Civil Veterinary Dept. Assam report 1927-50 - 1927-1950
Year: 1927
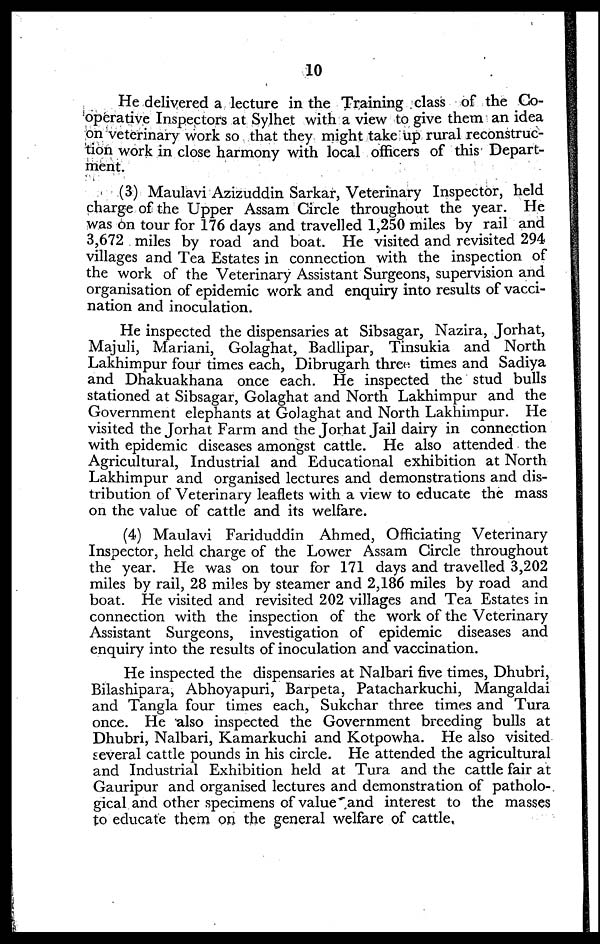
10
He delivered a lecture in the Training class of the Co-
operative Inspectors at Sylhet with a view to give them an idea
on veterinary work so that they might take up rural reconstruc-
tion work in close harmony with local officers of this Depart-
ment.
(3) Maulavi Azizuddin Sarkar, Veterinary Inspector, held
charge of the Upper Assam Circle throughout the year. He
was on tour for 176 days and travelled 1,250 miles by rail and
3,672 miles by road and boat. He visited and revisited 294
villages and Tea Estates in connection with the inspection of
the work of the Veterinary Assistant Surgeons, supervision and
organisation of epidemic work and enquiry into results of vacci-
nation and inoculation.
He inspected the dispensaries at Sibsagar, Nazira, Jorhat,
Majuli, Mariani, Golaghat, Badlipar, Tinsukia and North
Lakhimpur four times each, Dibrugarh three times and Sadiya
and Dhakuakhana once each. He inspected the stud bulls
stationed at Sibsagar, Golaghat and North Lakhimpur and the
Government elephants at Golaghat and North Lakhimpur. He
visited the Jorhat Farm and the Jorhat Jail dairy in connection
with epidemic diseases amongst cattle. He also attended the
Agricultural, Industrial and Educational exhibition at North
Lakhimpur and organised lectures and demonstrations and dis-
tribution of Veterinary leaflets with a view to educate the mass
on the value of cattle and its welfare.
(4) Maulavi Fariduddin Ahmed, Officiating Veterinary
Inspector, held charge of the Lower Assam Circle throughout
the year. He was on tour for 171 days and travelled 3,202
miles by rail, 28 miles by steamer and 2,186 miles by road and
boat. He visited and revisited 202 villages and Tea Estates in
connection with the inspection of the work of the Veterinary
Assistant Surgeons, investigation of epidemic diseases and
enquiry into the results of inoculation and vaccination.
He inspected the dispensaries at Nalbari five times, Dhubri,
Bilashipara, Abhoyapuri, Barpeta, Patacharkuchi, Mangaldai
and Tangla four times each, Sukchar three times and Tura
once. He also inspected the Government breeding bulls at
Dhubri, Nalbari, Kamarkuchi and Kotpowha. He also visited
several cattle pounds in his circle. He attended the agricultural
and Industrial Exhibition held at Tura and the cattle fair at
Gauripur and organised lectures and demonstration of patholo-
gical and other specimens of value and interest to the masses
to educate them on the general welfare of cattle,